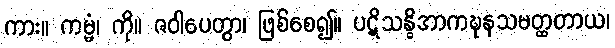
ကား။ ကမ္မံ၊ ကို။ ဇဝါပေတွာ၊ ဖြစ်စေ၍။ ပဋိသန္ဓိအာကဍ္ဎနသမတ္ထတာယ၊